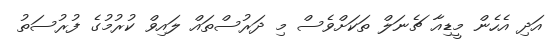
އަދި އެހެން މީޑިއާ ޗެނަލް ތަކަށްވެސް މި ދަރުސްތައް ލައިވް ކުރުމުގެ ފުރުސަތު